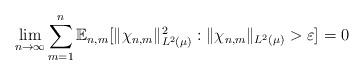
LaTeX: \begin{align*} \lim_{n \to \infty} \sum_{m=1}^n \mathbb{E}_{n,m}[ \|\chi_{n,m} \|_{L^2(\mu)}^2 : \|\chi_{n,m} \|_{L^2(\mu)} > \varepsilon ] = 0\end{align*}